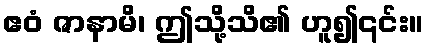
ဧဝံ ဇာနာမိ၊ ဤသို့သိ၏ ဟူ၍၎င်း။